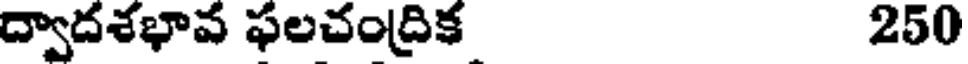
ద్వాదశభావ ఫలచంద్రిక 250